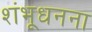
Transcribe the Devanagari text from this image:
शंभूधनना